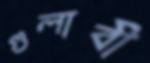
গুলাবী